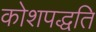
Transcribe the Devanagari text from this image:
कोशपद्धति